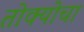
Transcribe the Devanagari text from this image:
तोक्योचा